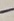
Text: -